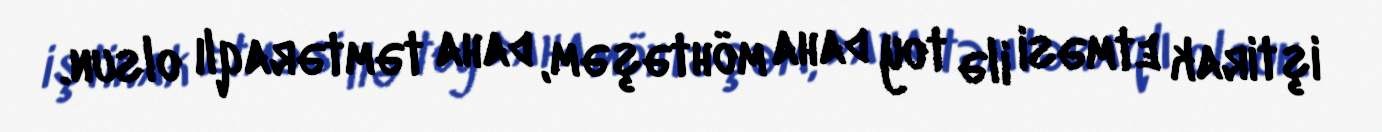
iştirak etməsi ilə toy daha möhtəşəm, daha təmtəraqlı olsun.